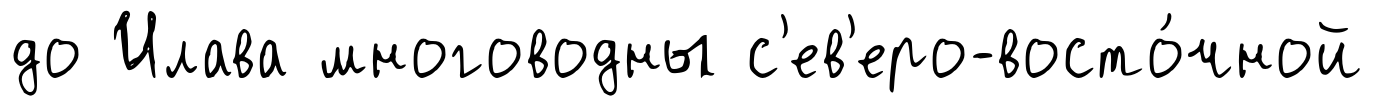
до Илава многоводны с'ев'еро-восто́чной